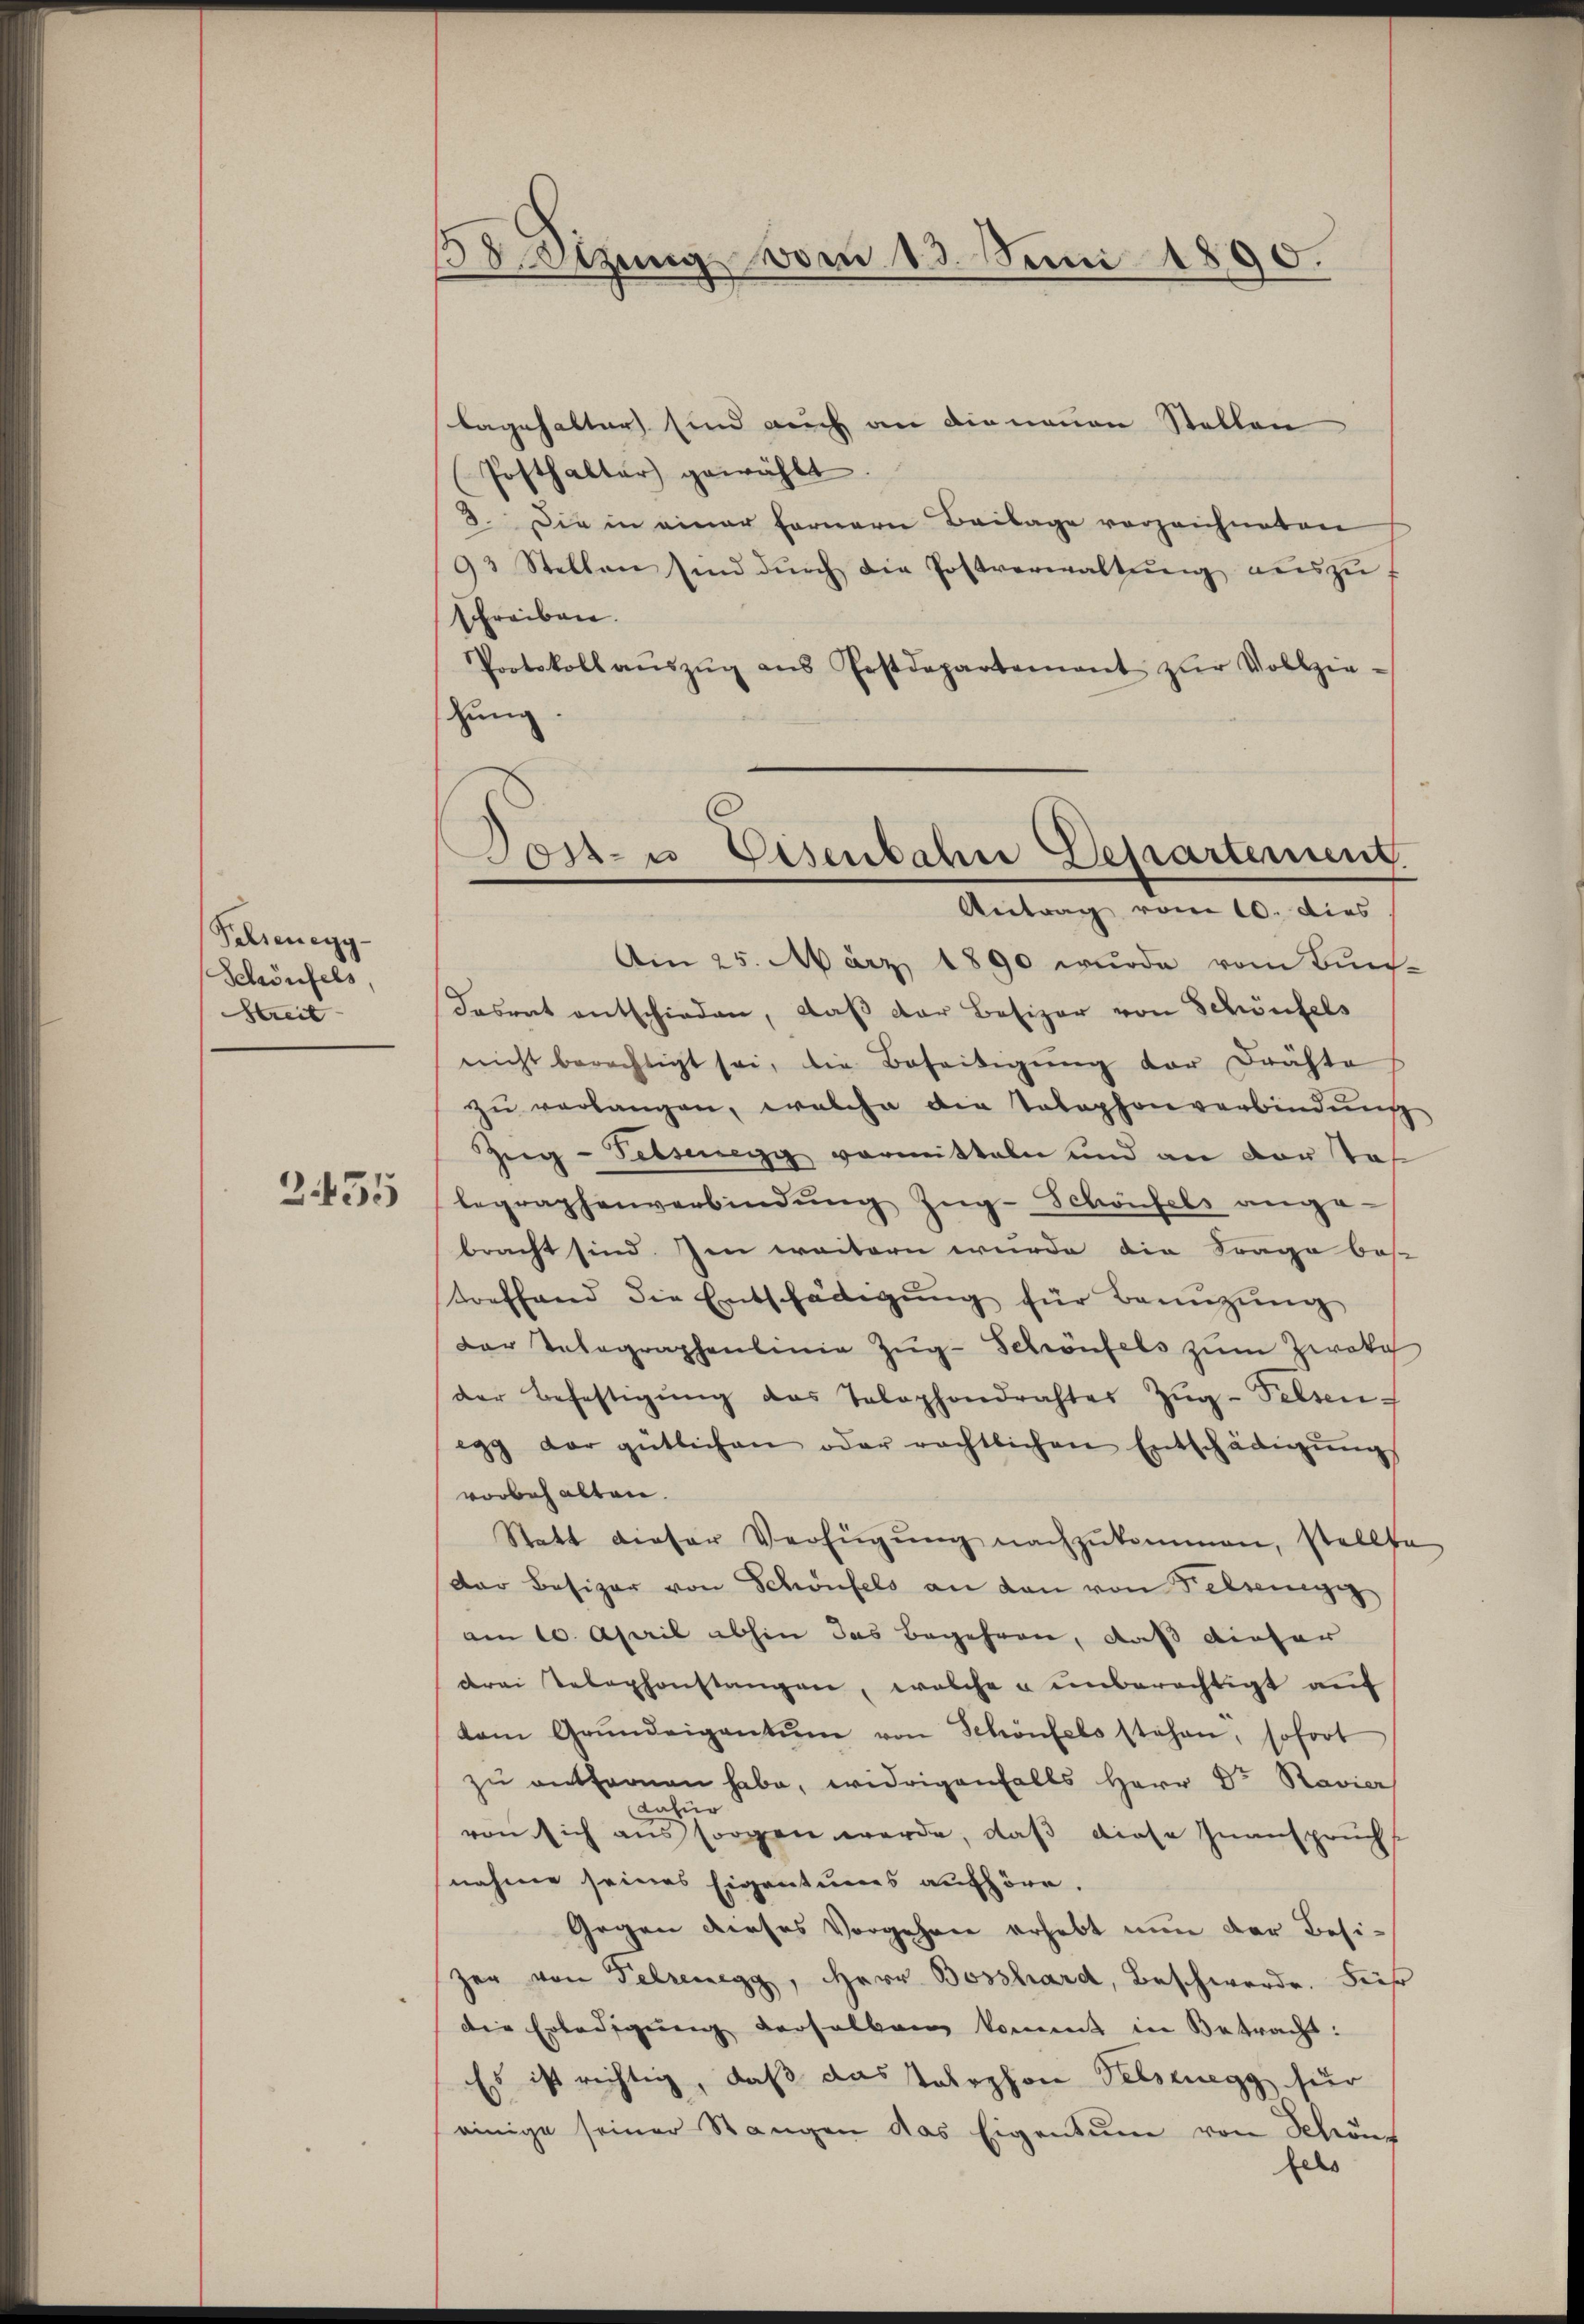
Schreuegg
Schönfels,
Streit

3455

58 Sizung vom 13. Juni 1890.

bagehalter sind auch an die neuen Stellen
Posthalter gewählt.
3. Die in einer fernern Beilage vorzeichneten
93 Stellen sind dŭrch die Postverwaltŭng aŭszŭ-
Schreiben.
Protokoll aŭszŭg ans Postdepartement zŭr Vollzie-
schung.
Am 25. März 1890 wurde vom Bun-
desrat entschieden, daß der Besizer von Schönfels
nicht berechtigt sei, die Beseitigŭng der drähte
zŭ verlangen, welche die Telephonverbindŭng
Zug- Felsenegg vormitteln und an dortof
legraphenverbindung Zŭg-Schönfels ange-
bracht sind. Im weitern wurde die Frage bes
toeffend die Entschädigŭng für Benützŭng
der Telegraphenlinie Zŭg-Schönfels zum Zwekch
der Befestigŭng des Telephondrahtes Zŭg-Felsen
egg der gütlichen oder rechtlichen Entschädigŭng
vorbehalten.
Statt dieser Verfügŭng nachzŭkommen, stellte
Der Besizer von Schönfels an den von Felsenegi
am 10. April abhin das Begehren, daß dieser
drei Telephonstangen, welche u unberechtigt auf
kam Grŭndeigentum von Schönfels stehen, sofort
zŭ entfernen habe, widrigenfalls Herr Dr. Ravier
dafür
von sich aus sorgen werde, daß diese Inanspruchs
nahme seines Eigentums aufhöre.
Gegen dieses Vorgehen erhebt nun der Besizer von Pelzenegg, Herr Bosshard, Beschwerde. Feh
die Erledigung derselben kommt in Betracht:
Es ist richtig, daß das Telephon Felsenegg für
einige seiner Stangen das Eigentum von Schöns
fels

Art- u Eisenbahre Departement
Antrag vom 10. dies